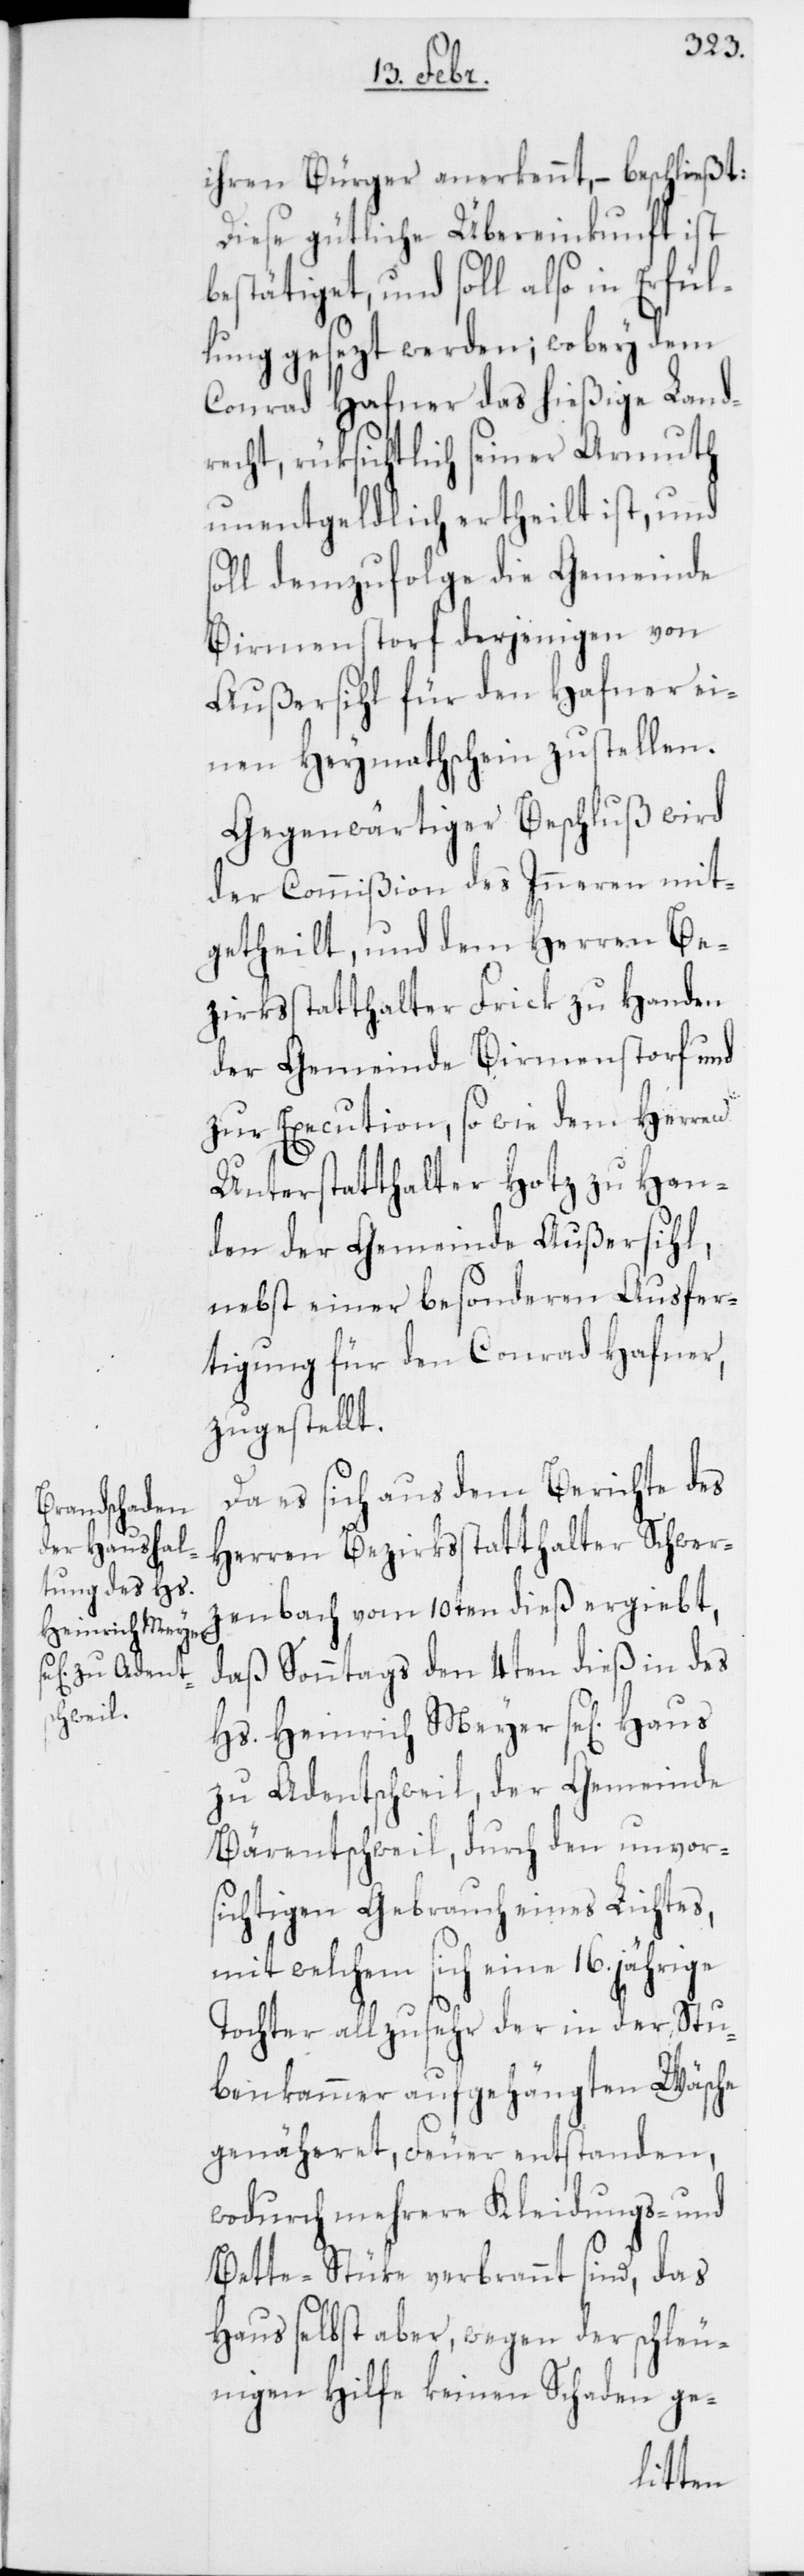
Heinrich Meyer

ihren Bürger anerkennt, – beschließt:
Diese gütliche Übereinkunft ist
bestätiget, und soll also in Erfül¬
lung gesezt werden; wobey dem
Conrad Hafner das hießige Land¬
recht, rüksichtlich seiner Armuth
unentgeldlich ertheilt ist, und
soll demzufolge die Gemeinde
Birmenstorf derjenigen von
Außersihl für den Hafner ei¬
nen Heymathschein zustellen.
Gegenwärtiger Beschluß wird
der Commißion des Inneren mit¬
getheilt, und dem Herren Be¬
zirksstatthalter Frick zu Handen
der Gemeinde Birmenstorf und
zur Execution, so wie dem Herren
Unterstatthalter Hotz zu Han¬
den der Gemeinde Außersihl,
nebst einer besonderen Ausfer¬
tigung für den Conrad Hafner,
zugestellt.
Da es sich aus dem Berichte des
Herren Bezirksstatthalter Schwerz¬
enbach vom 10ten dieß ergiebt,
daß Sonntags den 4ten dieß in des
zu Adentschweil, der Gemeinde
Bärentschweil, durch den unvor¬
sichtigen Gebrauch eines Lichtes,
mit welchem sich eine 16.jährige
Tochter allzu sehr der in der Stu¬
benkammer aufgehängten Wäsche
genäheret, Feuer entstanden,
wodurch mehrere Kleidungs- und
Bette-Stüke verbrannt sind, das
Haus selbst aber, wegen der schleu¬
nigen Hilfe keinen Schaden ge-